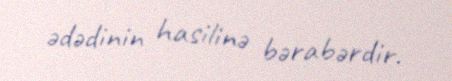
ədədinin hasilinə bərabərdir.